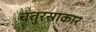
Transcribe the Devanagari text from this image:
चतुरस्राकार